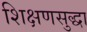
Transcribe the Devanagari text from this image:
शिक्षणसुद्धा